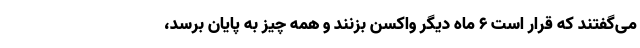
می‌گفتند که قرار است ۶ ماه دیگر واکسن بزنند و همه چیز به پایان برسد،